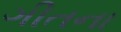
ગીતના